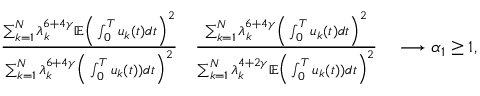
\begin{array} { r l } { \frac { \sum _ { k = 1 } ^ { N } \lambda _ { k } ^ { 6 + 4 \gamma } \mathbb E \Big ( \int _ { 0 } ^ { T } u _ { k } ( t ) d t \Big ) ^ { 2 } } { \sum _ { k = 1 } ^ { N } \lambda _ { k } ^ { 6 + 4 \gamma } \Big ( \int _ { 0 } ^ { T } u _ { k } ( t ) ) d t \Big ) ^ { 2 } } } & { \frac { \sum _ { k = 1 } ^ { N } \lambda _ { k } ^ { 6 + 4 \gamma } \Big ( \int _ { 0 } ^ { T } u _ { k } ( t ) d t \Big ) ^ { 2 } } { \sum _ { k = 1 } ^ { N } \lambda _ { k } ^ { 4 + 2 \gamma } \mathbb E \Big ( \int _ { 0 } ^ { T } u _ { k } ( t ) ) d t \Big ) ^ { 2 } } \quad \longrightarrow \alpha _ { 1 } \ge 1 , } \end{array}